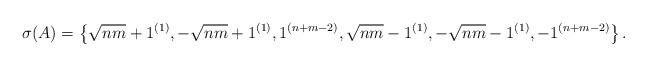
LaTeX: \begin{align*}\sigma(A) &= \left\{ \sqrt{nm}+1^{(1)}, -\sqrt{nm}+1^{(1)}, 1^{(n+m-2)},\sqrt{nm}-1^{(1)}, -\sqrt{nm}-1^{(1)}, -1^{(n+m-2)} \right\}.\end{align*}